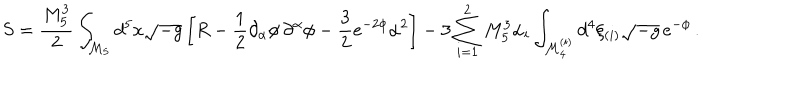
S = \frac { M _ { 5 } ^ { 3 } } { 2 } \int _ { { \cal M } _ { 5 } } d ^ { 5 } x \sqrt { - g } \left[ R - \frac { 1 } { 2 } \partial _ { \alpha } \phi \, \partial ^ { \alpha } \phi - \frac { 3 } { 2 } e ^ { - 2 \phi } \alpha ^ { 2 } \right] - 3 \sum _ { i = 1 } ^ { 2 } M _ { 5 } ^ { 3 } \alpha _ { i } \int _ { { \cal M } _ { 4 } ^ { ( i ) } } d ^ { 4 } \xi _ { ( i ) } \sqrt { - g } \, e ^ { - \phi } \, .